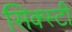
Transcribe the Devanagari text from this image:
सिक्स्टी